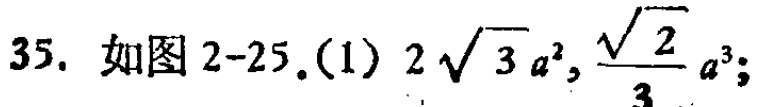
35. 如图2-25.(1) \(2\sqrt{3}a^{2},\frac{\sqrt{2}}{3}a^{3}\);